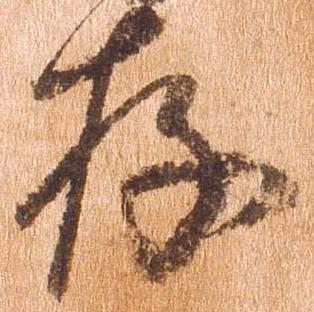
存